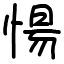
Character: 愓